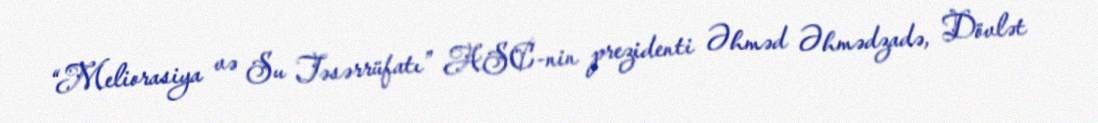
“Meliorasiya və Su Təsərrüfatı” ASC-nin prezidenti Əhməd Əhmədzadə, Dövlət